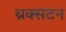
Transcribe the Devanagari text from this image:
थ्रक्सटन